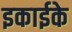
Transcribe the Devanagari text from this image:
इकाईके